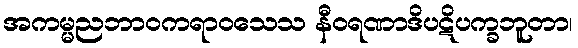
အကမ္မညဘာဝကရာဝသေသ နီဝရဏာဒိပဋိပက္ခဘူတာ၊